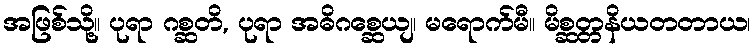
အဖြစ်သို့။ ပုရာ ဂစ္ဆတိ, ပုရာ အဓိဂစ္ဆေယျ၊ မရောက်မီ။ မိစ္ဆတ္တနိယတတာယ၊